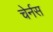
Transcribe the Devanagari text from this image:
चेर्नस